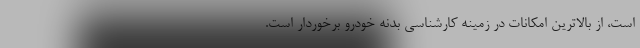
است، از بالاترین امکانات در زمینه کارشناسی بدنه خودرو برخوردار است.